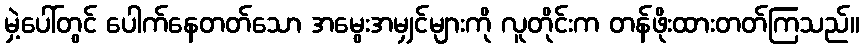
မှဲ့ပေါ်တွင် ပေါက်နေတတ်သော အမွေးအမျှင်များကို လူတိုင်းက တန်ဖိုးထားတတ်ကြသည်။